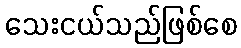
သေးငယ်သည်ဖြစ်စေ